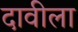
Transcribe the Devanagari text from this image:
दावीला